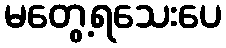
မတွေ့ရသေးပေ